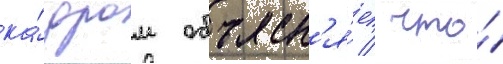
ка́дром объясн'я́ет / что́